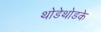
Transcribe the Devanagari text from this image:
थोडेथोडके